Medical and sanitary report of the native army of Bengal for the year
Year: 1877
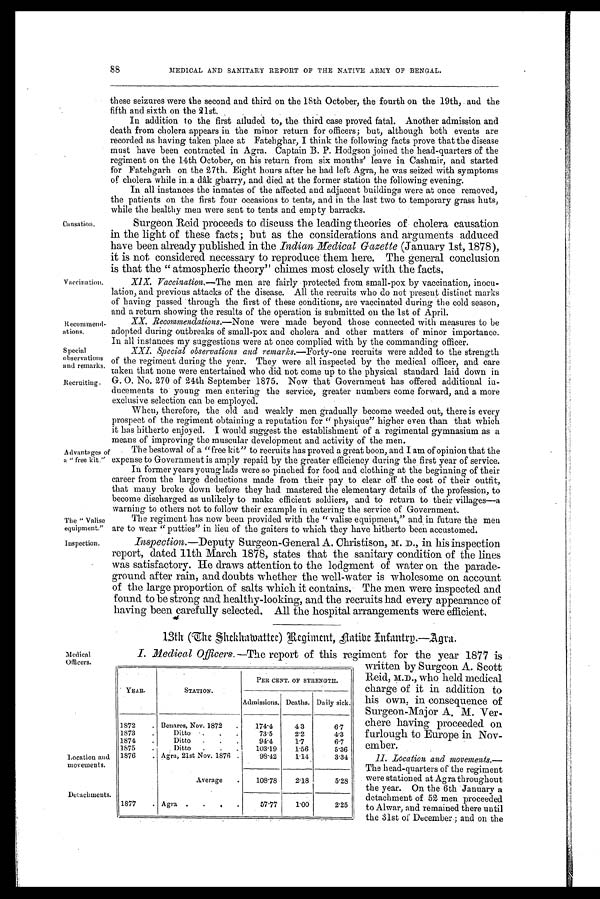
Vaccination.
*Recommend-
ations.
Special
observations
and remarks.
Recruiting.
Advantages o
a " free kit."
The " Valise
equipment."
inspection.
88
Causation.
MEDICAL AND SANITARY REPORT OF THE NATIVE ARMY OF BENGAL.
these seizures were the second and third on the 18th October, the fourth on the 19th, and the
fifth and sixth on the 21st.
In addition to the first alluded to, the third case proved fatal. Another admission and
death from cholera appears in the minor return for officers; but, although both events are
recorded as having taken place at Fatehghar, I think the following facts prove that the disease
must have been contracted in Agra. Captain B. P. Hodgson joined the head-quarters of the
regiment on the 14th October, on his return from six mouths' leave in Cashmir, and started
for Fatehgarh on the 27th. Eight hours after he had left Agra, he was seized with symptoms
of cholera while in a dâk gbarry, and died at the former station the following evening.
In all instances the inmates of the affected and adjacent buildings were at once removed,
the patients on the first four occasions to tents, and in the last two to temporary grass huts,
while the healthy men were sent to tents and empty barracks.
Surgeon Reid proceeds to discuss the leading theories of cholera causation
in the light of these facts; but as the considerations and arguments adduced
have been already published in the Indian Medical Gazette (January 1st, 1878 ),
it is not considered necessary to reproduce them here. The general conclusion
is that the “atmospheric theory” chimes most closely with the facts,
XIX. Vaccination.—The men are fairly protected from small-pox by vaccination, inocu-
lation, and previous attacks of the disease. All the recruits who do not present distinct marks
of having passed through the first of these conditions, are vaccinated during the cold season,
and a return showing the results of the operation is submitted on the 1st of April.
XX. Recommendations.—None were made beyond those connected with measures to be
adopted during outbreaks of small-pox and cholera and other matters of minor importance.
In all instances my suggestions were at once complied with by the commanding officer.
XXI. Special observations and remarks.— Forty-one recruits were added to the strength
of the regiment during the year. They were all inspected by the medical officer, and care
taken that none were entertained who did not come up to the physical standard laid down in
G. O. No. 270 of 24th September 1875. Now that Government has offered additional in-
ducements to young men entering the service, greater numbers come forward, and a more
exclusive selection can be employed.
When, therefore, the old and weakly men gradually become weeded out, there is every
prospect of the regiment obtaining a reputation for “ physique” higher even than that which
it has hitherto enjoyed. I would suggest the establishment of a regimental gymnasium as a
means of improving the muscular development and activity of the men.
The bestowal of a “free kit” to recruits has proved a great boon, and I am of opinion that the
expense to Government is amply repaid by the greater efficiency during the first year of service.
In former years young lads were so pinched for food and clothing at the beginning of their
career from the large deductions made from their pay to clear off the cost of their outfit,
that many broke down before they had mastered the elementary details of the profession, to
become discharged as unlikely to make efficient soldiers, and to return to their villages—a
warning to others not to follow their example in entering the service of Government.
The regiment has now been provided with the “ valise equipment,” and in future the men
are to wear “putties” in lieu of the gaiters to which they .have hitherto been accustomed.
Inspection.—Deputy Surgeon-General A. Christison, M. D., in his inspection
report, dated 11th March 1878, states that the sanitary condition of the lines
was satisfactory. He draws attention to the lodgment of water on the parade-
ground after rain, and doubts whether the well water is wholesome on account
of the large proportion of salts which it contains, The men were inspected and
found to be strong and healthy-looking, and the recruits had every appearance of
having been carefully selected. All the hospital arrangements were efficient.
Medical
Officers.
Location and
movements.
Detachments.
13th (The Shekhamattee) Regiment, native Infantry.—Agra.
I. Medical Officers.—The report of this regiment for the year 1877 is
written by Surgeon A. Scott
Reid, M.D., who held medical
charge of it in addition to
his own, in consequence of
Surgeon-Major A. M. Ver.
chere having proceeded on
furlough to Europe in Nov-
ember.
II. Location and movements.—
The head-quarters of the regiment
were stationed at Agra throughout
the year. On the 6th January a
detachment of. 52 men proceeded
to Alwar, and remained there until
the 31st of December.; and on the
YEAR.
STATION.
PER CENT. OF STRENGTH.
Admissions. Deaths. Daily sick.
1872
. Benares, Nov. 187
.
174.4
43
6.7
1873
.
Ditto
.
.
.
73.5
2.2
4.3
1874
.
Ditto
.
.
.
94.4
1.7
6.7
1875
.
Ditto
.
.
.
103.19
1.56
5.36
1876
. Agra, 21st Nov. 1876 .
98.42
1.14
3.34
Average
.
108.78
2.18
5.28
1877
. Agra .
.
.
.
57.77
1 . 0 0
2.25